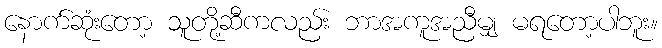
နောက်ဆုံးတော့ သူတို့ဆီကလည်း ဘာအကူအညီမျှ မရတော့ပါဘူး။